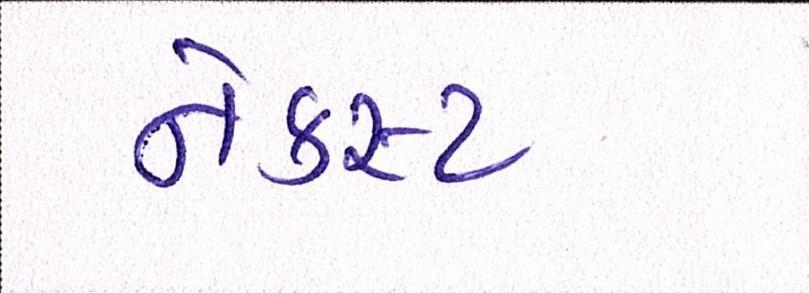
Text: નેક્સ્ટ